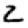
Digit: 2